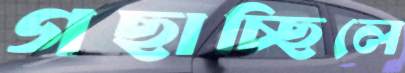
গছাচ্ছিলে